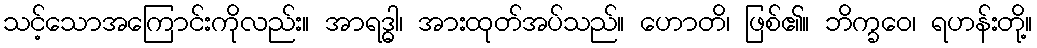
သင့်သောအကြောင်းကိုလည်း။ အာရဒ္ဓါ၊ အားထုတ်အပ်သည်။ ဟောတိ၊ ဖြစ်၏။ ဘိက္ခဝေ၊ ရဟန်းတို့။